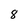
Character: 8